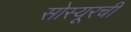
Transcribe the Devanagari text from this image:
सोस्यूरची